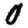
Digit: 0